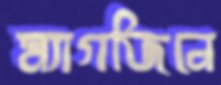
ম্যাগজিনে